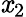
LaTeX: \mathit{x}_{2}